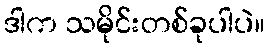
ဒါက သမိုင်းတစ်ခုပါပဲ။